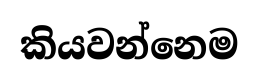
කියවන්නෙම